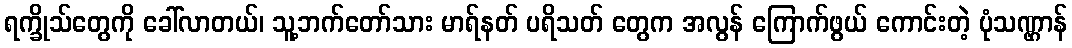
ရက္ခိုသ်တွေကို ခေါ်လာတယ်၊ သူ့ဘက်တော်သား မာရ်နတ် ပရိသတ် တွေက အလွန် ကြောက်ဖွယ် ကောင်းတဲ့ ပုံသဏ္ဌာန်